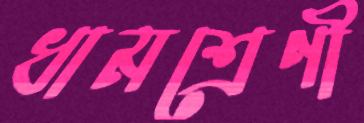
ধামশ্রেণী